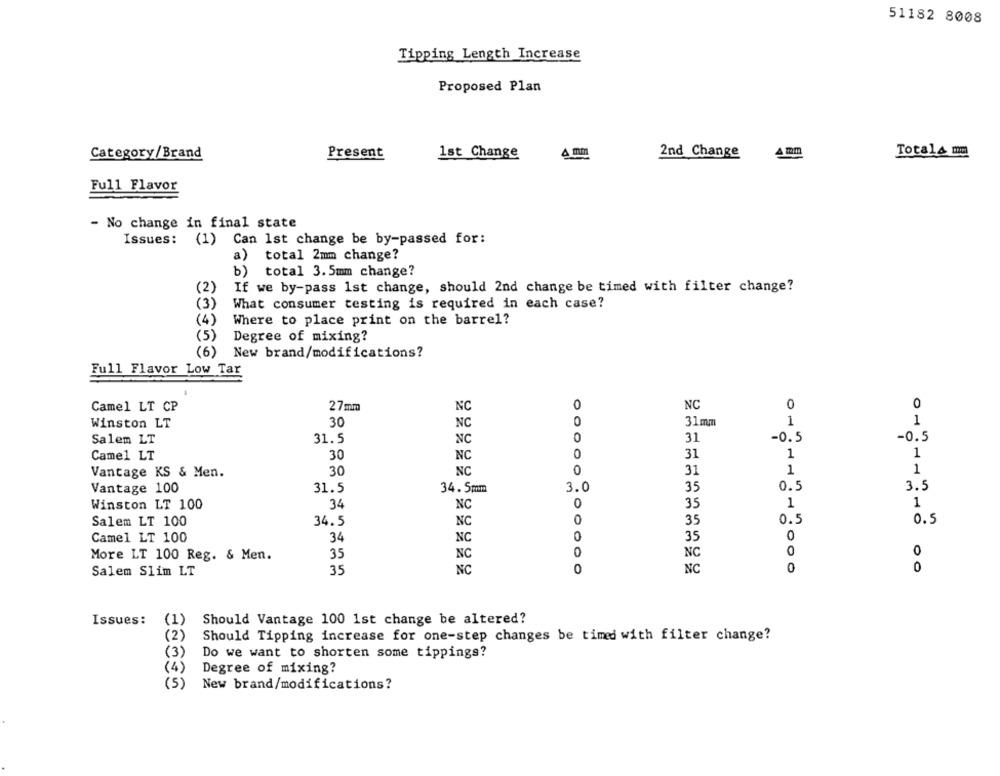
51182 8008
Tipping Length Increase
Proposed Plan
Present
1st Change
4 mm
2nd Change
A mm
Totala mm
Category/Brand
Full Flavor
- No change in final state
Issues: (1) Can Ist change be by-passed for:
total 2mm change?
a)
b)
total 3.5mm change?
(2)
If we by-pass 1st change, should 2nd change be timed with filter change?
(3)
What consumer testing is required in each case?
(4)
Where to place print on the barrel?
(5)
Degree of mixing?
(6)
New brand/modifications?
Full Flavor Low Tar
0
NC
0
0
Camel LT CP
27mm
NC
0
1
Winston LT
30
NC
31 mm
1
Salem LT
31.5
NC
0
31
-0.5
-0.5
Camel LT
30
NC
0
31
1
1
30
NC
0
31
1
1
Vantage KS & Men.
31.5
34. 5mm
3.0
35
0.5
3.5
Vantage 100
34
NC
0
35
1
1
Winston LT 100
35
0.5
0.5
Salem LT 100
34.5
NC
0
35
0
Camel LT 100
34
NC
NC
0
More LT 100 Reg. & Men.
35
NC
Salem Slim LT
35
NC
0
NC
0
0
Issues:
(1)
Should Vantage 100 1st change be altered?
(2)
Should Tipping increase for one-step changes be timed with filter change?
(3)
Do we want to shorten some tippings?
(4)
Degree of mixing?
(5)
New brand/modifications?